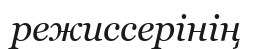
режиссерінің